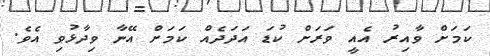
ކަމަށް ވާއިރު އެއީ ވަރަށް ކުޑަ އަދަދެއް ކަމަށް އޭނާ ވިދާޅުވި އެވެ.